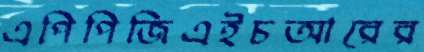
এপিপিজিএইচআরের